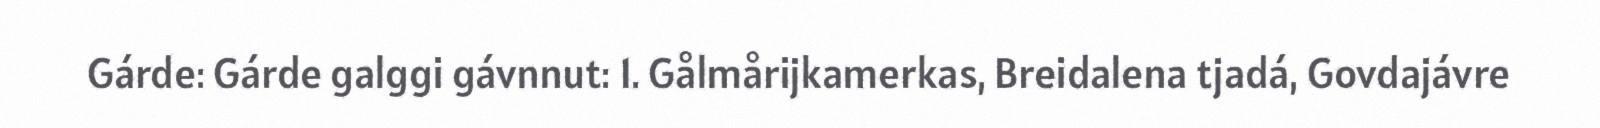
Gárde: Gárde galggi gávnnut: 1. Gålmårijkamerkas, Breidalena tjadá, Govdajávre